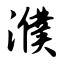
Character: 濮